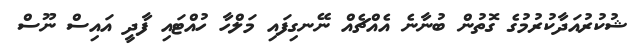
ޝުކުރުއަދާކުރުމުގެ ގޮތުން ބުނާނެ އެއްޗެއް ނޭނގިފައި މަލްހާ ހުއްޓައި ފާދީ އައިސް ނޫސް